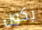
يكون